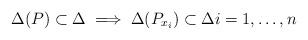
LaTeX: \begin{align*} \Delta(P)\subset\Delta \implies \Delta(P_{x_i})\subset\Delta i=1,\ldots,n\end{align*}